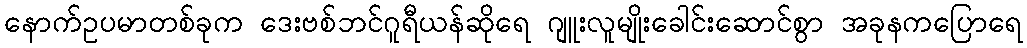
နောက်ဥပမာတစ်ခုက ဒေးဗစ်ဘင်ဂူရီယန်ဆိုရေ ဂျူးလူမျိုးခေါင်းဆောင်စွာ အခုနကပြောရေ